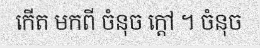
កើត មកពី ចំនុច ក្តៅ ។ ចំនុច